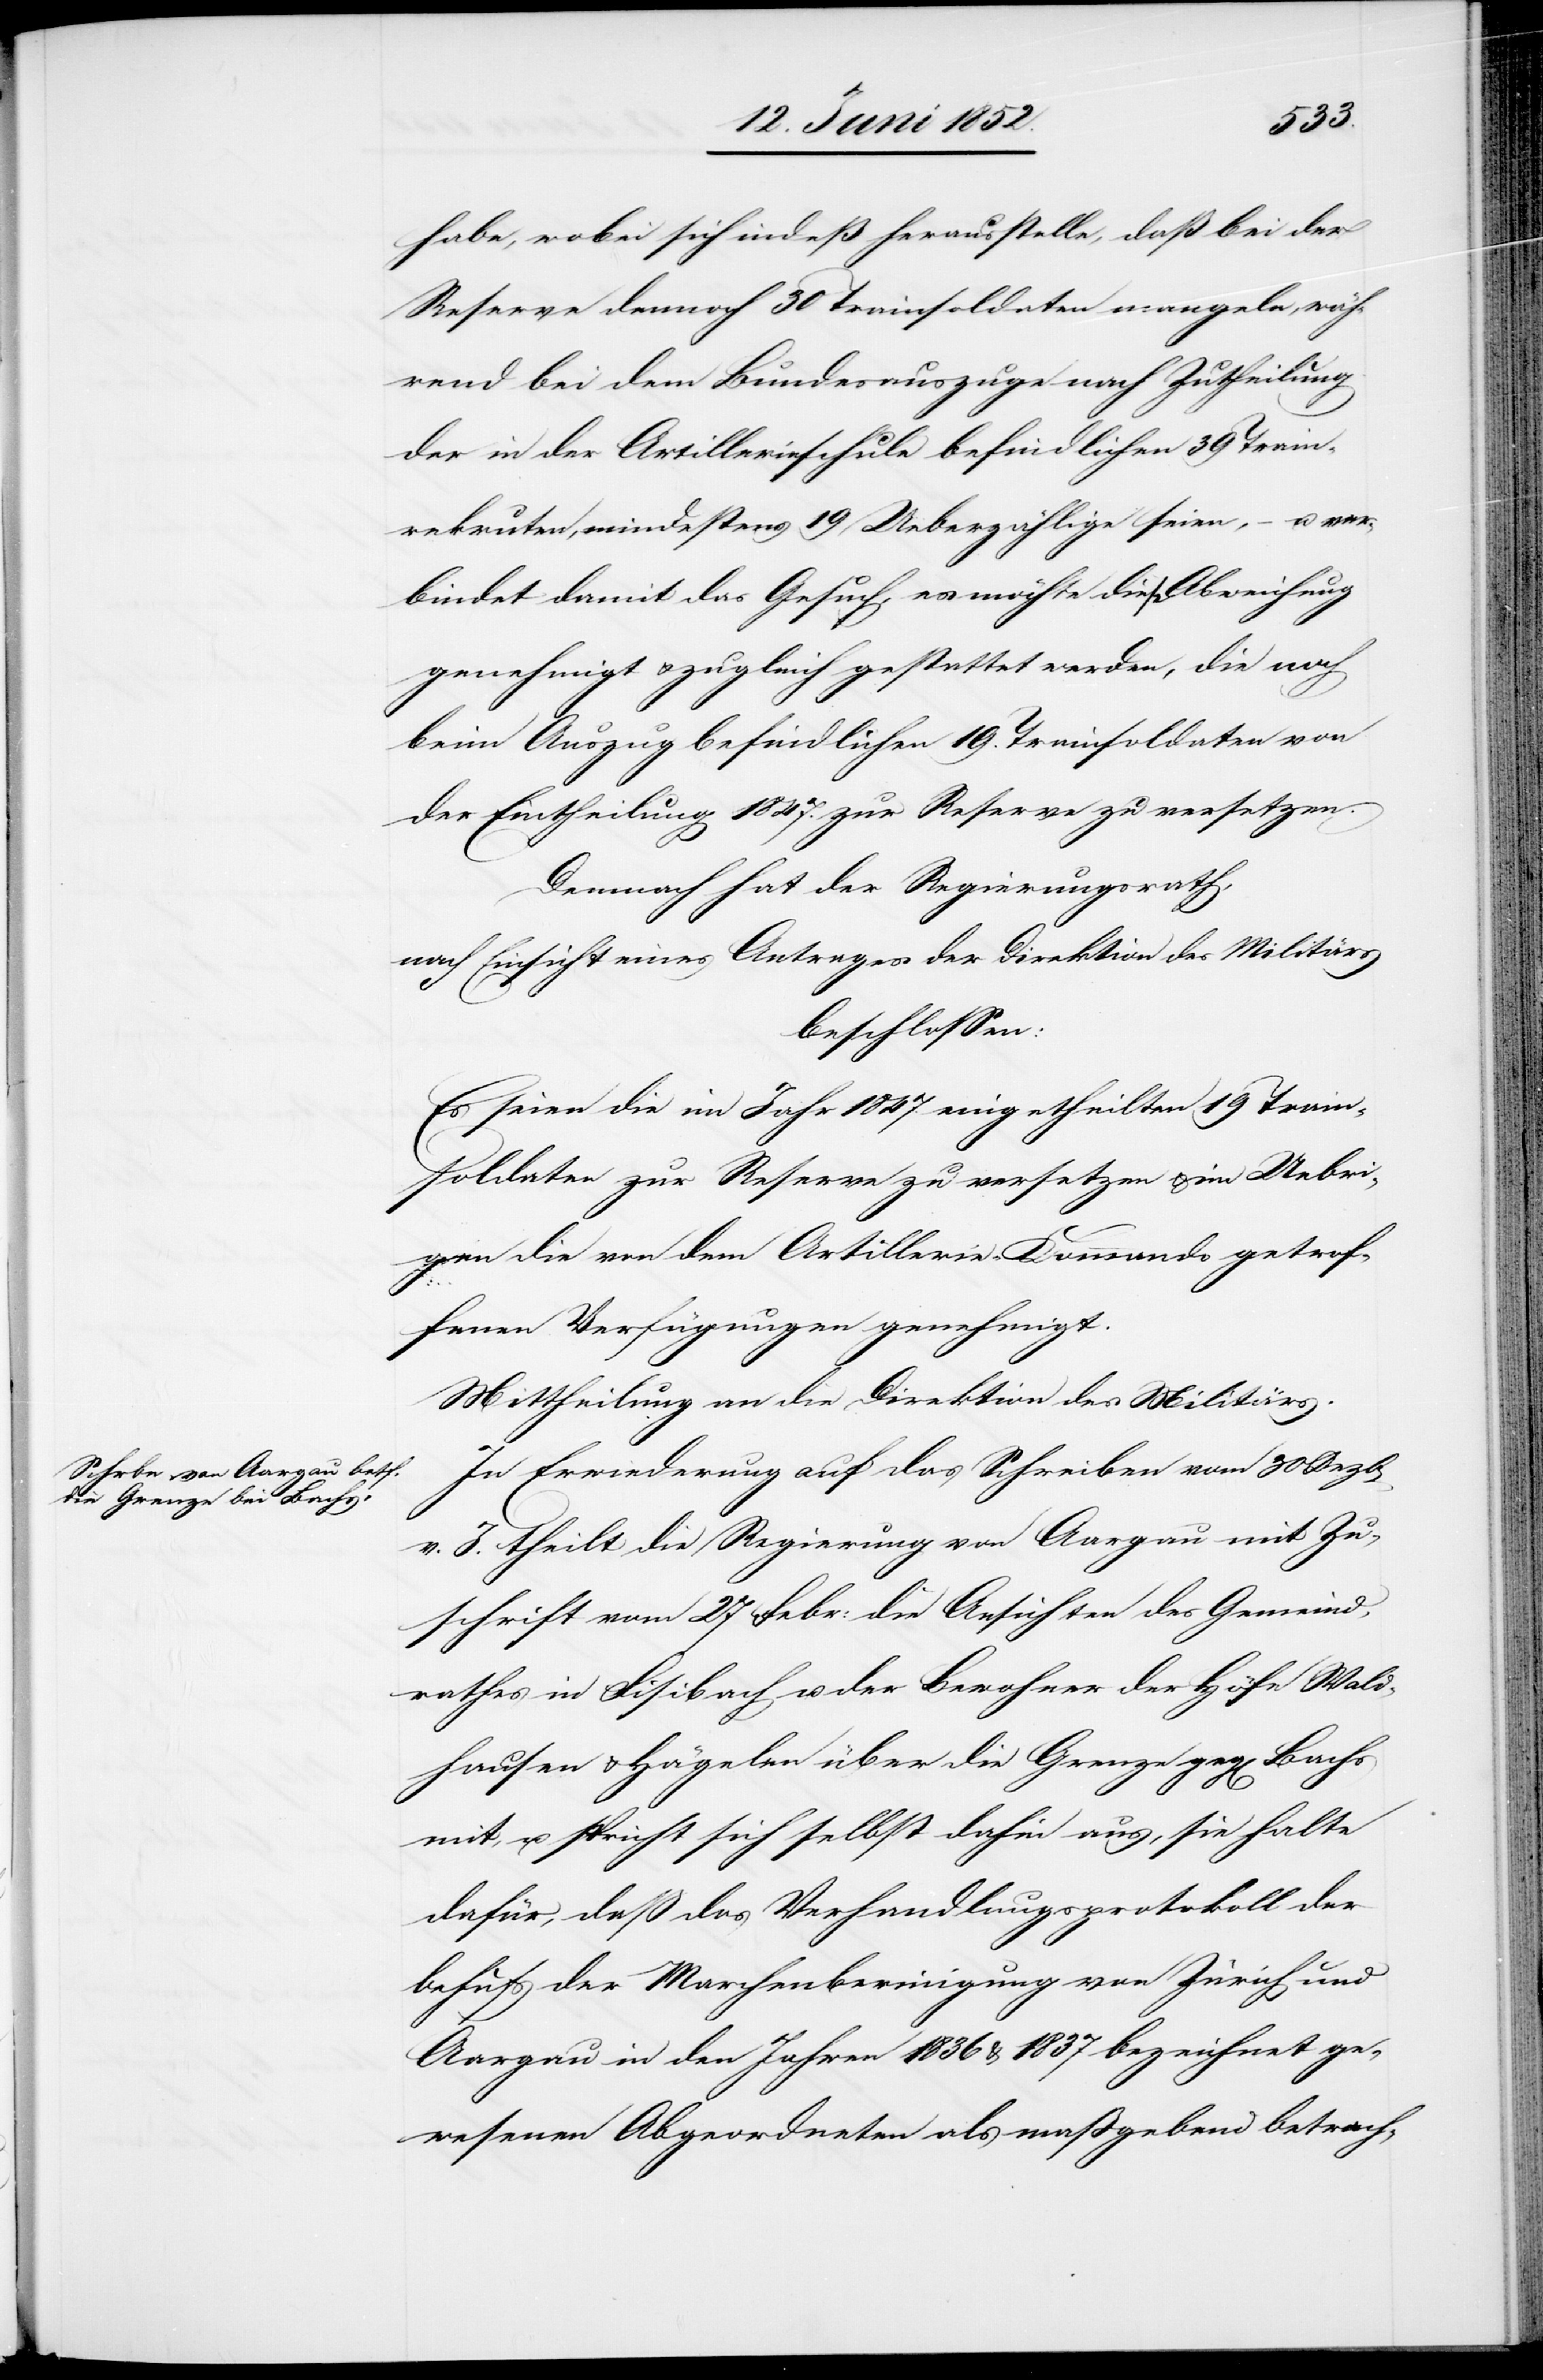
habe, wobei sich indeß herausstelle, daß bei der
Reserve dennoch 30 Trainsoldaten mangeln, wäh¬
rend bei dem Bundesauszuge nach Zutheilung
der in der Artillerieschule befindlichen 39 Train¬
rekruten, mindestens 19 Ueberzählige seien, – u. ver¬
bindet damit das Gesuch, es möchte diese Abweichung
genehmigt & zugleich gestattet werden, die noch
beim Auszug befindlichen 19. Trainsoldaten von
der Eintheilung 1847. zur Reserve zu versetzen.
Demnach hat der Regierungsrath,
nach Einsicht eines Antrages der Direktion des Militärs
beschlossen:
Es seien die im Jahr 1847. eingetheilten 19 Train¬
soldaten zur Reserve zu versetzen & im Uebri¬
gen die von dem Artillerie-Kommando getrof¬
fenen Verfügungen genehmigt.
Mittheilung an die Direktion des Militärs.
In Erwiederung auf das Schreiben vom 30 Dezbr
v. J. theilt die Regierung von Aargau mit Zu¬
schrift vom 27 Febr: die Ansichten des Gemeind¬
rathes in Fisibach u. der Bewohner der Höfe Wald¬
hausen & Hägelen über die Grenze geg[en] Bachs
mit, u. spricht sich selbst dahin aus, sie halte
dafür, daß das Verhandlungsprotokoll der
behufs der Marchenber[e]inigung von Zürich und
Aargau in den Jahren 1836 & 1837 bezeichnet ge¬
wesenen Abgeordneten als massgebend betrach-